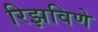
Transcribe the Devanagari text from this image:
रिझविणे